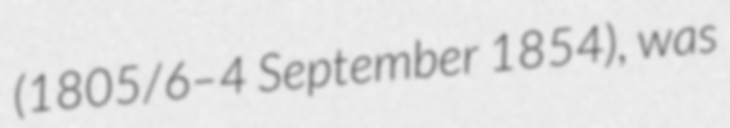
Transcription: (1805/6–4 September 1854), was